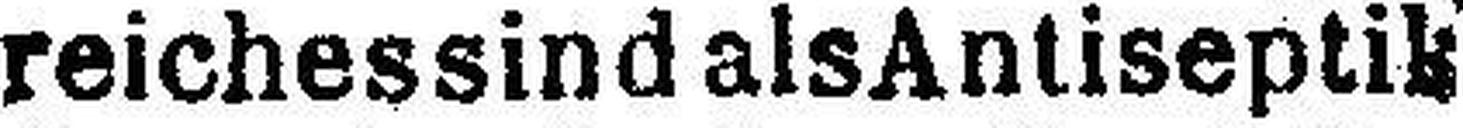
reichessind als Antiseptik